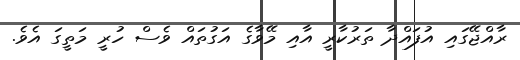
ރާއްޖޭގައި އުފައްދާ ތަރުކާރީ އާއި މޭވާގެ އަގުތައް ވެސް ހުރީ މަތީގަ އެވެ.